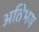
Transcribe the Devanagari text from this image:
अतिभय